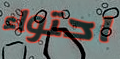
احتواء